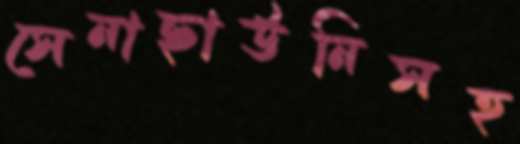
সেনাছাউনিসহ